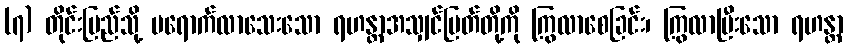
(၇) တိုင်းပြည်သို့ မရောက်လာသေးသော ရဟန္တာအသျှင်မြတ်တို့ကို ကြွလာစေခြင်း၊ ကြွလာပြီးသော ရဟန္တာ